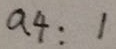
a _ { 4 } : 1